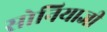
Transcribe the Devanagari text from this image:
सोनियाजी